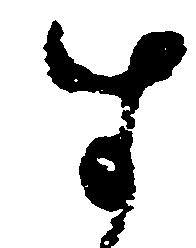
す